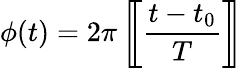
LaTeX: \phi(t)=2\pi\left[\! \! \left[{\frac{t-t_{0}}{T}}\right]\! \! \right]